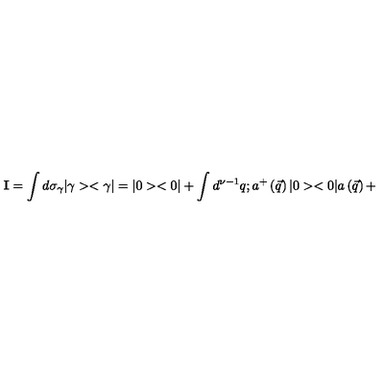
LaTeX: { \bf I } = \int d { \sigma } _ { \gamma } | \gamma > < \gamma | = | 0 > < 0 | + \int d ^ { \nu - 1 } q ; a ^ { + } \left( \vec { q } \right) | 0 > < 0 | a \left( \vec { q } \right) +